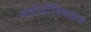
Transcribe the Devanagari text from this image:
आटोटॉक्सिकस